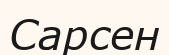
Сарсен